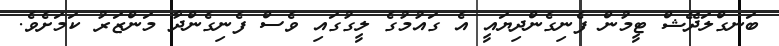
ބަނގްލަދޭޝް ޓީމުން ފެނިގެންދިޔައީ އެ ގައުމުގެ ލީގުގައި ވެސް ފެނިގެންދާ މަންޒަރު ކަމަށެވެ.